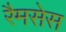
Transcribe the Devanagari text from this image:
रैमसेस